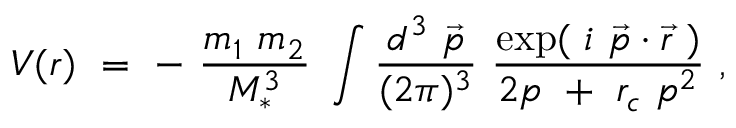
V ( r ) ~ = ~ - ~ { \frac { m _ { 1 } ~ m _ { 2 } } { M _ { * } ^ { 3 } } } ~ \int { \frac { d ^ { 3 } ~ \vec { p } } { ( 2 \pi ) ^ { 3 } } } ~ { \frac { \exp ( ~ i ~ \vec { p } \cdot \vec { r } ~ ) } { 2 p ~ + ~ r _ { c } ~ { p } ^ { 2 } } } ~ ,